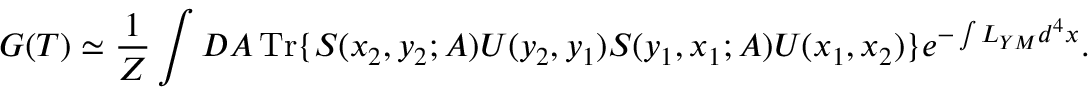
G ( T ) \simeq { \frac { 1 } { Z } } \int { \cal D } A \, \mathrm { T r } \{ S ( x _ { 2 } , y _ { 2 } ; A ) U ( y _ { 2 } , y _ { 1 } ) S ( y _ { 1 } , x _ { 1 } ; A ) U ( x _ { 1 } , x _ { 2 } ) \} e ^ { - \int L _ { Y M } d ^ { 4 } x } .